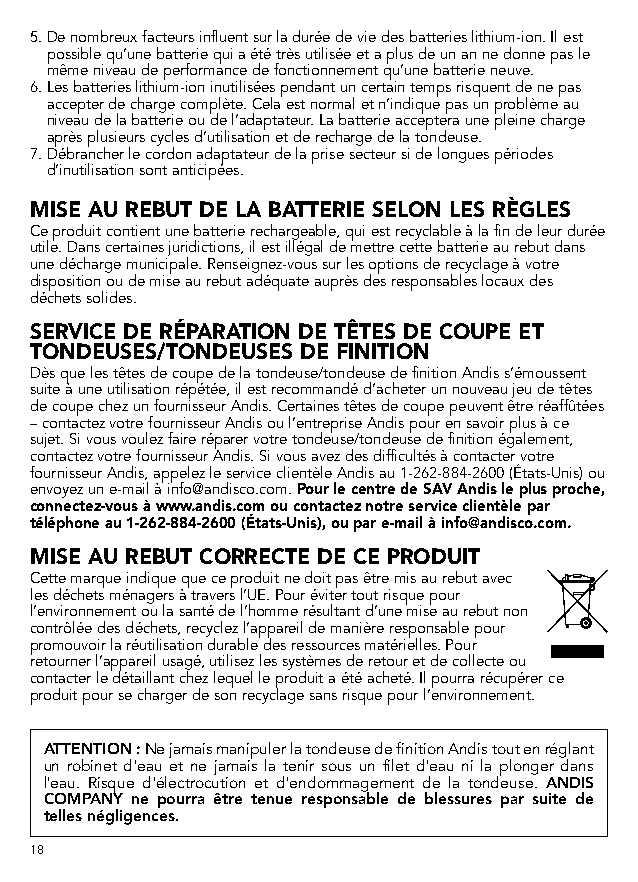
5. De nombreux facteurs influent sur la durée de vie des batteries lithium-ion. Il est
 possible qu’une batterie qui a été très utilisée et a plus de un an ne donne pas le
 même niveau de performance de fonctionnement qu’une batterie neuve.
 6. Les batteries lithium-ion inutilisées pendant un certain temps risquent de ne pas
 accepter de charge complète. Cela est normal et n’indique pas un problème au
 niveau de la batterie ou de l’adaptateur. La batterie acceptera une pleine charge
 après plusieurs cycles d’utilisation et de recharge de la tondeuse.
 7. Débrancher le cordon adaptateur de la prise secteur si de longues périodes
 d’inutilisation sont anticipées.
 MISE AU REBUT DE LA BATTERIE SELON LES RÈGLES
 Ce produit contient une batterie rechargeable, qui est recyclable à la fin de leur durée
 utile. Dans certaines juridictions, il est illégal de mettre cette batterie au rebut dans
 une décharge municipale. Renseignez-vous sur les options de recyclage à votre
 disposition ou de mise au rebut adéquate auprès des responsables locaux des
 déchets solides.
 SERVICE DE RÉPARATION DE TÊTES DE COUPE ET
 TONDEUSES/TONDEUSES DE FINITION
 Dès que les têtes de coupe de la tondeuse/tondeuse de finition Andis s’émoussent
 suite à une utilisation répétée, il est recommandé d’acheter un nouveau jeu de têtes
 de coupe chez un fournisseur Andis. Certaines têtes de coupe peuvent être réaffûtées
 – contactez votre fournisseur Andis ou l’entreprise Andis pour en savoir plus à ce
 sujet. Si vous voulez faire réparer votre tondeuse/tondeuse de finition également,
 contactez votre fournisseur Andis. Si vous avez des difficultés à contacter votre
 fournisseur Andis, appelez le service clientèle Andis au 1-262-884-2600 (États-Unis) ou
 envoyez un e-mail à info@andisco.com. Pour le centre de SAV Andis le plus proche,
 connectez-vous à www.andis.com ou contactez notre service clientèle par
 téléphone au 1-262-884-2600 (États-Unis), ou par e-mail à info@andisco.com.
 MISE AU REBUT CORRECTE DE CE PRODUIT
 Cette marque indique que ce produit ne doit pas être mis au rebut avec
 les déchets ménagers à travers l’UE. Pour éviter tout risque pour
 l’environnement ou la santé de l’homme résultant d’une mise au rebut non
 contrôlée des déchets, recyclez l’appareil de manière responsable pour
 promouvoir la réutilisation durable des ressources matérielles. Pour
 retourner l’appareil usagé, utilisez les systèmes de retour et de collecte ou
 contacter le détaillant chez lequel le produit a été acheté. Il pourra récupérer ce
 produit pour se charger de son recyclage sans risque pour l’environnement.
 ATTENTION : Ne jamais manipuler la tondeuse de finition Andis tout en réglant
 un robinet d'eau et ne jamais la tenir sous un filet d'eau ni la plonger dans
 l'eau. Risque d'électrocution et d'endommagement de la tondeuse. ANDIS
 COMPANY ne pourra être tenue responsable de blessures par suite de
 telles négligences.
 18